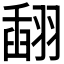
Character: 𦑪